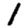
Digit: 1